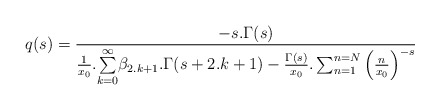
\begin{align*}q(s)=\frac{-s.\Gamma(s)}{\frac{1}{x_0}.\underset{k=0}{\overset{\infty }{\sum }}\beta _{2.k+1}.\Gamma(s+2.k+1)-\frac{\Gamma(s)}{x_0}.\sum _{n=1}^{n=N}\left(\frac{n}{x_0}\right)^{-s}}\end{align*}